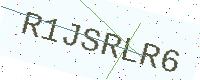
Text: R1JSRLR6